Calcutta medical institutions reports 1871-78
Year: 1871
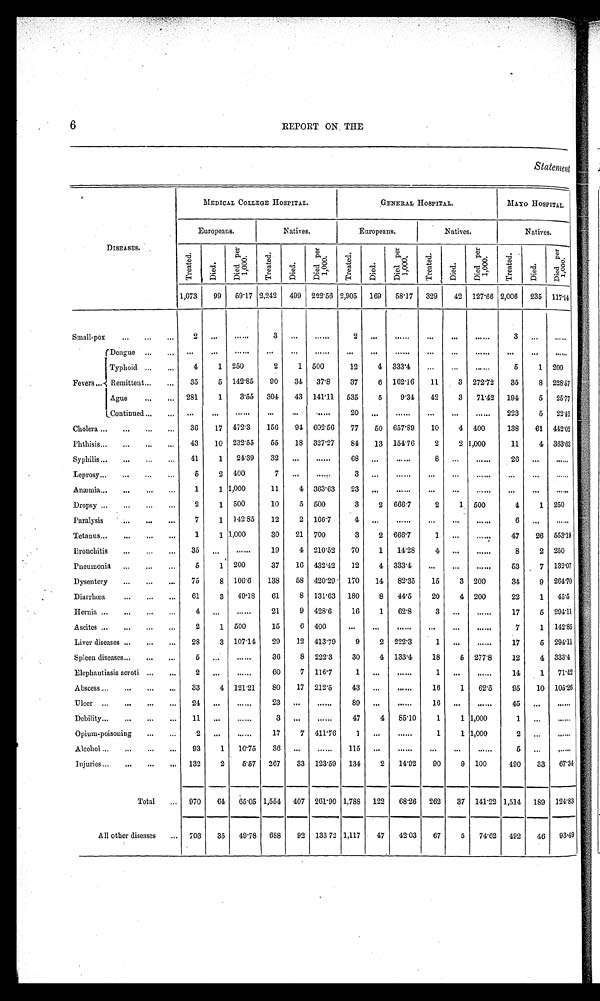
6 REPORT ON THE
D I S E A S E S .
MEDICAL COLLEGE HOSPITAL.
GENERAL HOSPITAL.
MAYO HOSPITAL.
Europeans.
Natives.
Europeans.
Natives.
Natives.
T r e a t e d .
D i e d .
D i e d p e r 1 , 0 0 0 .
Tr eat ed
D i e d .
D i e d p e r 1 , 0 0 0 .
T r e a t e d .
D i e d .
D i e d p e r 1 , 0 0 0 .
Tr e a t e d.
D i e d .
D i e d p e r 1 , 0 0 0 .
T r e a t e d . d
Di ed.
D i e d p e r 1 , 0 0 0 .
1,673
99 59.17 2,242 499 222.56 2,905 169 58.17 329
42 127.66 2,006 235 117.14
Small-pox
2
. . .
. . .
3
. . .
. . . 2
. . .
. . .
. . .
. . .
. . . 3
. . .
. . .
Fevers
Dengue
. . .
. . .
. . .
. . . . . .
. . . . . .
. . .
. . .
. . . . . .
. . .
. . .
. . .
. . .
Typhoid
4
1 250
2
1 500
12
4
3 3 3 . 4
. . .
. . .
. . .
5
1 200
Remittent
35
5 142.85
90
34 37.8
37
6 162.16
11
3 272.72
35
8 228.57
Ague
281
1
3 . 5 5 304
43 141.11 535
5
9.34 42
3
7 1 . 4 2 194
5
25.77
Continued
. . .
. . .
. . .
. . .
. . .
. . .
20
. . .
. . .
. . .
. . .
. . . 223
5 22.42
Cholera
36
17 472.3
156
94
6 0 2 . 5 6
77
50 657.89
10
4 400
138
61 442.02
Phthisis
43
10 232.55
55
18 327.27
84
13
1 5 4 . 7 6
2
2
1 , 0 0 0
1 1
4 363.63
Syphilis
41
1 21.39 32
. . .
. . .
68
. . .
. . . 8
. . .
. . .
2 6
. . .
. . .
Leprosy
5
2 400
7
. . .
. . . 3
. . .
. . .
. . . . . .
. . .
. . .
. . .
. . .
Anæmia
1
1 1,000
11
4 363.63
23
. . .
. . .
...
...
. . .
. . .
. . .
. . .
Dropsy
2
1 500
10
5 500
3
2 666.7
2
1 500
4
1 250
Paralysis
7
1
1 4 2 . 8 5 12
2 166.7
4
. . .
. . .
. . .
. . .
. . .
6
. . .
. . .
Tetanus
1
1 1,000
30
21 700
3
2 666.7
1
. . .
. . .
47
26 553.19
Bronchitis
35
. . .
. . . 19
4 210.52
70
1 14.28
4
. . .
. . .
8
2 250
Pneumonia
5
1 200
37
16 432.42
12
4 333.4
. . .
. . .
. . .
53
7 132.07
Dysentery
75
8 106.6
138
58 420.29 170
14 82.35
15
3 200
34
9
2 6 4 . 7 0
Diarrhœa
61
3 49.18
61
8 131.63 180
8 44.5
2 0
4 200
22
1 45.5
Hernia
4
. . .
. . . 21
9 428.6
16
1 62.8
3
. . .
. . . 17
5 2 9 4 . 1 1
Ascites
2
1 500
15
6 400
. . .
. . .
. . .
. . .
. . .
. . .
7
1 142.85
Liver diseases
28
3 107.14 29
12 413.79
9
2 222.3
1
. . .
. . . 17
5
2 9 4 . 1 1
Spleen diseases
5
. . .
. . . 36
8
2 2 2 . 3
30
4 133.4
18
5 277.8
12
4 333.4
Elephantiasis scroti
2
. . .
. . . 60
7
1 1 6 . 7
1
. . .
. . .
1
. . .
. . . 14
1 71.42
Abscess
33
4 121.21
80
17 212.5
43
. . .
. . .
16
1 62.5
95
10 105.26
Ulcer
2 4
. . .
. . .
2 3
. . .
. . .
8 9
. . .
. . .
1 6
. . .
. . .
4 5
. . .
. . .
Debility
1 1
. . .
. . .
3
. . .
. . . 47
4 85.10
1
1 1,000
1
. . .
. . .
Opium-poisoning
2
. . .
. . . 17
7 411.76
1
. . .
. . .
1
1 1,000
2
. . .
. . .
Alcohol
93
1 10.75 36
. . .
. . .
115
. . .
. . .
. . .
. . .
. . .
5
. . .
. . .
Injuries
132
2
5 . 5 7 267
33 123.59 134
2 14.92
90
9 100
490
33 67.34
Total
970
64 65.05
1 , 5 5 4
407 261.90 1,788 122 68.26 262
37 141.22 1,514 189 124.83
All other diseases
703
35 49.78 688
92 133.72 1,117
47 42.03 67
5 74.62 492
46 93.49